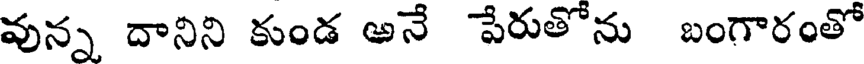
వున్న దానిని కుండ అనే పేరుతోను బంగారంతో